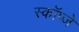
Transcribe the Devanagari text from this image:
स्कॉप्जे